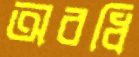
অবধি